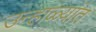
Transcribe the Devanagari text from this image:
उन्हाळ्यांत